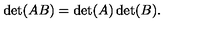
\det ( A B ) = \det ( A ) \det ( B ) .